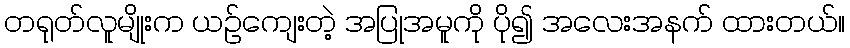
တရုတ်လူမျိုးက ယဉ်ကျေးတဲ့ အပြုအမူကို ပို၍ အလေးအနက် ထားတယ်။